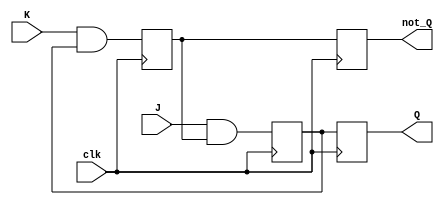
module jk_flip_flop (
    input wire J,
    input wire K,
    input wire clk,
    output reg Q,
    output reg not_Q
);

reg masterQ, master_not_Q;

always @(posedge clk) begin
    // Master latch
    masterQ <= J & master_not_Q;
    master_not_Q <= K & masterQ;
end

always @(negedge clk) begin
    // Slave latch
    Q <= masterQ;
    not_Q <= master_not_Q;
end

endmodule